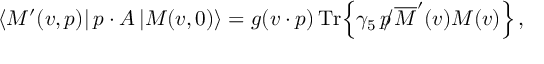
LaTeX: \langle M ^ { \prime } ( v , p ) | \, p \cdot A \, | M ( v , 0 ) \rangle = g ( v \cdot p ) \, \mathrm { T r } \Big \{ \gamma _ { 5 } \, \, \rlap / \! p \, \overline { { { \cal { M } } } } ^ { \prime } ( v ) { \cal { M } } ( v ) \Big \} \, ,